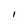
Character: l